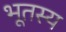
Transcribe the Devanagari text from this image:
भूतस्य